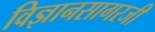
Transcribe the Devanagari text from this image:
विज्ञानसागरजी